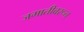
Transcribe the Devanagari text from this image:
जमातीवरून